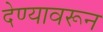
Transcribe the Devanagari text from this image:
देण्यावरून